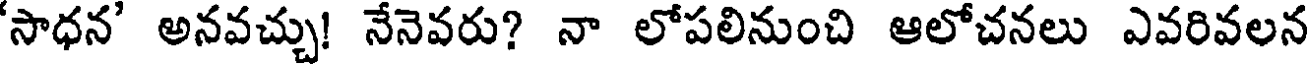
'సాధన' అనవచ్చు! నేనెవరు? నా లోపలినుంచి ఆలోచనలు ఎవరివలన